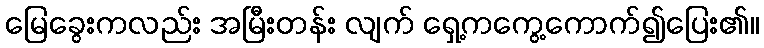
မြေခွေးကလည်း အမြီးတန်း လျက် ရှေ့ကကွေ့ကောက်၍ပြေး၏။